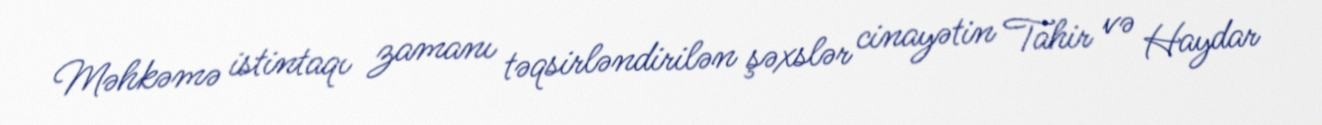
Məhkəmə istintaqı zamanı təqsirləndirilən şəxslər cinayətin Tahir və Haydar